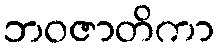
ဘဝဇာတိကာ